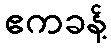
ဧကခန့်